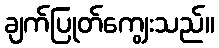
ချက်ပြုတ်ကျွေးသည်။